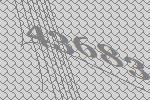
43683